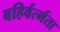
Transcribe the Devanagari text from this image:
बहिर्वर्त्मता